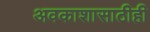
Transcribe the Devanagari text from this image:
अवकाशासाठीही